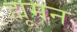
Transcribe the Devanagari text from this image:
ह्मूमन